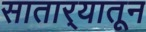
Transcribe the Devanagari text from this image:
सातार्‍यातून